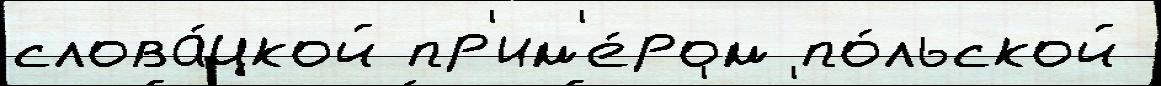
слова́цкой пр'им'е́ром по́льской